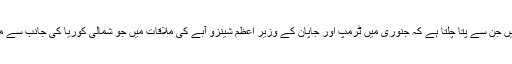
رپورٹ میں بتایا گیا ہے کہ ایسے ثبوت موجود ہیں جن سے پتا چلتا ہے کہ جنوری میں ٹرمپ اور جاپان کے وزیر اعظم شینزو آبے کی ملاقات میں جو شمالی کوریا کی جانب سے میزائل تجربے کے بعد انجام پائی، ان سے واقع ...